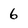
Character: 6